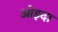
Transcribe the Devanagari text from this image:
ओइदा